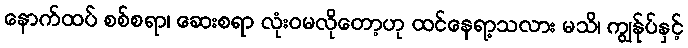
နောက်ထပ် စစ်စရာ၊ ဆေးစရာ လုံးဝမလိုတော့ဟု ထင်နေရာ့သလား မသိ၊ ကျွန်ုပ်နှင့်